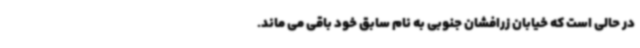
در حالی است که خیابان زرافشان جنوبی به نام سابق خود باقی می ماند.